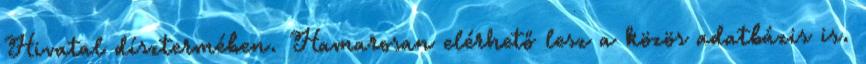
Hivatal dísztermében. Hamarosan elérhető lesz a közös adatbázis is.